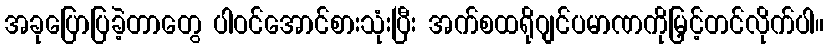
အခုပြောပြခဲ့တာတွေ ပါဝင်အောင်စားသုံးပြီး အက်စထရိုဂျင်ပမာဏကိုမြှင့်တင်လိုက်ပါ။